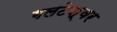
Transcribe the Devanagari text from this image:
गलटेश्वर